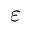
\varepsilon